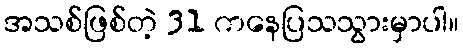
အသစ်ဖြစ်တဲ့ 31 ကနေပြသသွားမှာပါ။